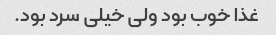
غذا خوب بود ولی خیلی سرد بود.